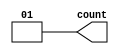
module VAR_NR_INDL(count);
   output [1:0] count;
   reg [1:0] reg1 = 2'b01;
   assign count = reg1;
endmodule